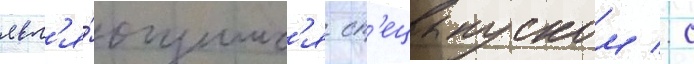
явл'я́ющимс'я сп'ецвыпуском / с